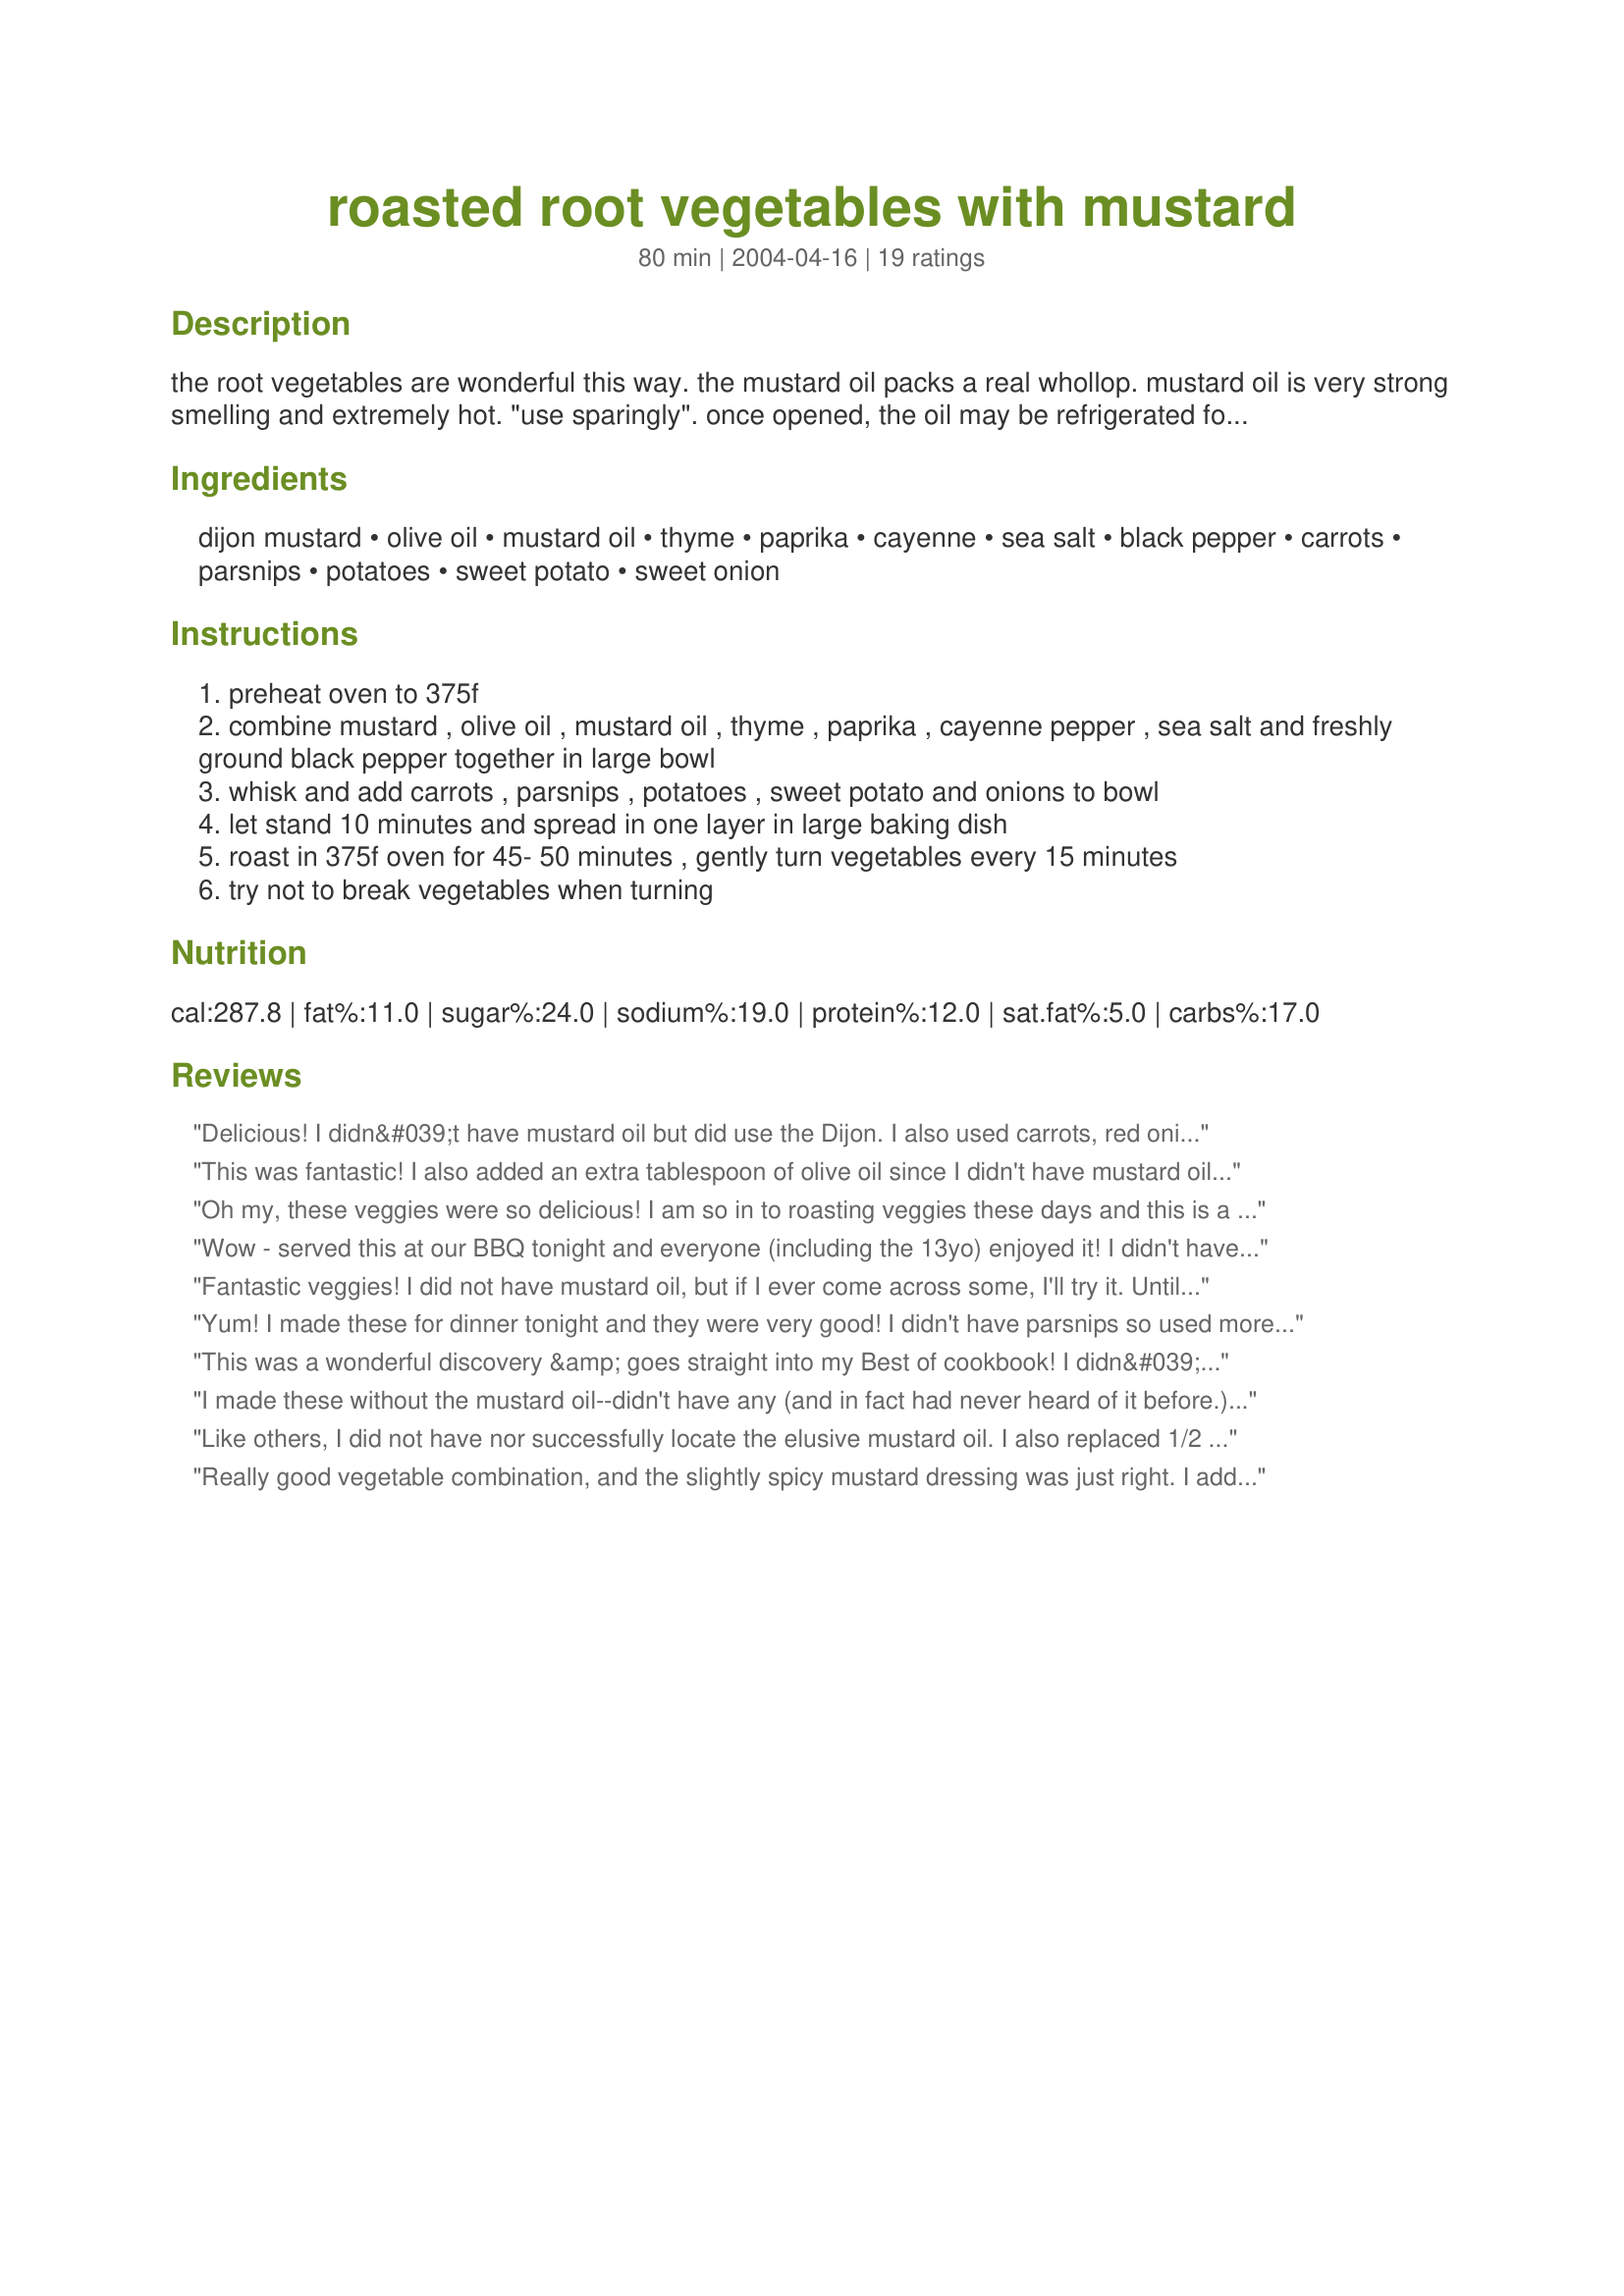
roasted root vegetables with mustard
Preparation time: 80 minutes

the root vegetables are wonderful this way. the mustard oil packs a real whollop. mustard oil is very strong smelling and extremely hot. "use sparingly". once opened, the oil may be refrigerated for up to 6 months.

Ingredients:
dijon mustard, olive oil, mustard oil, thyme, paprika, cayenne, sea salt, black pepper, carrots, parsnips, potatoes, sweet potato, sweet onion

Steps:
preheat oven to 375f
combine mustard , olive oil , mustard oil , thyme , paprika , cayenne pepper , sea salt and freshly ground black pepper together in large bowl
whisk and add carrots , parsnips , potatoes , sweet potato and onions to bowl
let stand 10 minutes and spread in one layer in large baking dish
roast in 375f oven for 45- 50 minutes , gently turn vegetables every 15 minutes
try not to break vegetables when turning

Reviews:
Delicious! I didn&#039;t have mustard oil but did use the Dijon. I also used carrots, red onion, brussel sprouts, sweet potato and garlic cloves. Tasted so good I&#039;m making it again tonight. YUM!
This was fantastic! I also added an extra tablespoon of olive oil since I didn't have mustard oil. Next time I'd use about half the cayenne pepper. I really like cayenne but found it still to be a bit too much. Great recipe!
Oh my, these veggies were so delicious! I am so in to roasting veggies these days and this is a dish that I plan to make again very soon. Vegetables are so much more flavorful when roasted and they are so easy to make. I did not have the mustard oil, but did use the coarse-grain mustard. My house smelled so good while these veggies roasted and of course they were just as wonderful to eat. Made for Everyday is a Holiday tag, January, 2013.
Wow - served this at our BBQ tonight and everyone (including the 13yo) enjoyed it! I didn't have the mustard oil, but I do think its important that you add another tablespoon of olive oil in its place to spread the mixture around the vegetables. I added extra cayenne and used a baking sheet with rim to bake for about 60 minutes. The veggies were so very sweet and tender - great side dish tonight!
Fantastic veggies! I did not have mustard oil, but if I ever come across some, I'll try it. Until then, we'll just make this without it, still very tasty! I did add some more oi for the missing mustard oil.
Yum! I made these for dinner tonight and they were very good! I didn't have parsnips so used more carrots. I love the taste of the sweet potatoes! I opted not to use the mustard oil, the dijon mustard was plenty. Thanks for a recipe I will definately use again!
This was a wonderful discovery &amp; goes straight into my Best of cookbook! I didn&#039;t have mustard oil and I substituted red pepper flakes for the cayenne, but otherwise followed the recipe. We were rewarded with the most flavorful roasted vegetables. The mustard flavor is a hint and not overpowering. I was slightly apprehensive that this might stick to the pan, but it didn&#039;t at all. Maybe the careful turning every 15 minutes is the key. I made this to serve with a roasted chicken, but it would be perfect with a roast or ham. Thank you for sharing this keeper! Made for FYC at Food, Friends, &amp;Fun.
I made these without the mustard oil--didn't have any (and in fact had never heard of it before.) However, these were wonderful. I eat lots of root vegetables in the winter so I'll be keeping this one close at hand. More and more I'm coming to see that the best thing you can do for veggies is roast 'em.
Like others, I did not have nor successfully locate the elusive mustard oil. I also replaced 1/2 tablespoon with 2 tablespoons of water to make this lower in fat. (Water evaporates so you need more.) Alas, I had to play with the veggies as well as the parsnips in the market were looking rather limp. My combination included 2 parsnips, 3 carrots, 2 large Yukon potatoes, 1 large sweet potato and 1 large Vidalia and a half fennel bulb. The fennel was my addition to use up leftovers and frankly the had the weakest results of the mix. Also pay attention to the cutting sizes as I made my carrots a bit bigger and they took a bit longer to fully cook and carmelize. Enough about my miscues and onto the recipe. The dressing for the vegetables was superb. A hint of heat from the cayenne and the savory-herbal combination was just delicious. My favorite were the sweet potatoes and onions as the sweetness of the tuber and bulb made the perfect foil to the dressing. Embarrassed to say over the course of the afternoon I ate half the pan. (Better this than cookies.) Definitely make extras as they can be used in so many ways. Thanks BK!
Really good vegetable combination, and the slightly spicy mustard dressing was just right. I added just a little water during the cooking because it was starting to stick a bit. Thanks for sharing this great recipe!
What a fantastic way to have root vegetables! I had a bag of 2 pounds of turnips, parsnips, carrots and red beets. The mustard coating is so delicious that DH and I devoured the whole 2 pounds in one meal! I didn&#039;t have the mustard oil, but it was fabulous without, too. Thanks for sharing!&lt;br/&gt;Made for Baby it&#039;s cold outside / Diabetes Forum
What a wonderful way to enjoy the earthiness of root vegetables: just SO, so very delicious. :) I didn't have any mustard oil but followed Brooke's suggestion of adding an extra tablespoon of olive oil. I omitted the cayenne pepper (personal taste preference) but loved the blend of flavours from the thyme, paprika and black pepper. About 10 minutes before the end of the cooking time, I sprinkled the vegetables with some minced garlic; just had to get some garlic in somehow. We SO enjoyed these vegetables with Recipe #250519. They'd also be a great complement to any meat dish, as part of a vegetarian meal or on their own as a yummy, healthy, low-fat, take-to-work lunch. Thank you, Baby Kato, for this fabulous recipe which I am going to be making often - for dinners, lunches, solo meals and for serving to guests. Totally loved this recipe! One of my great finds on Zaar! Made for Zaar Stars Tag.
oh this was soo good, I omitted the mustard oil increased the olive oil amount slightly and added in 1-1/2 teaspoons garlic powder and some cayenne pepper, I love roasted veggies, these turned out wonderful with the addition of Dijon mustard, thanks for sharing Baby K!
Loved the mix of various veggies in this!!! Couldn't find any mustard oil so used more Dijon mustard!!! Thanks Baby K! :)
Fabulous! Such a wonderful mix of roasted veggies. I was a little nervous that there would be too heavy of a mustard flavor, but there wasn&#039;t at all..only a hint. I didn&#039;t have grainy Dijon, so I used 2 T. of regular Dijon and 1 T. of a stone ground mustard. I roasted the veggies for about an hour while also cooking some chicken. The only change I&#039;ll make next time (and it&#039;s due to personal preference), is to omit the parsnips &amp; replace with more carrots. Thank you!
Not sure that the mustard added anything
It&#039;s winter in Australia, when these wonderful veggies are abundant. Made mostly as written, except that I didn&#039;t have dijon, only seedy mustard. So nice to have a great recipe in which to use my supply of mustard oil. Served and enjoyed with roast duck and a mixed green salad. Thanks for posting.
I admit it â€“ I didn't even try to find mustard oil. I did use extra mustard and was generous with the cayenne so perhaps I approximated the heat and pungency. Since only the carrots and onions were visibly distinguishable, this was a wickedly good way to hide less than popular vegetables from DH. I even added a rutabaga and he liked it! Of all the roasted roots recipes that I have tried, this is my hands down favorite. Thanks for posting!
As a fan of roasted veggies found the addition of a mustard coating a truly tasty and wonderful change of pace, these made a fantastic side the smoked ham they were served with. Sorry for no photo it was so dark and late we just ate, thanks so much for the post.
